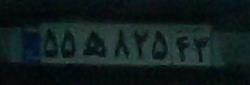
۵۵ه۸۲۵۴۳